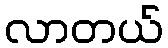
လာတယ်